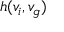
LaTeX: h ( v _ { i } , v _ { g } )